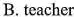
B.teacher